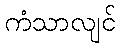
ကံသာလျင်